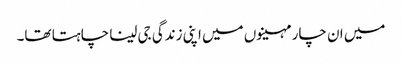
میں ان چار مہینوں میں اپنی زندگی جی لینا چاہتا تھا۔